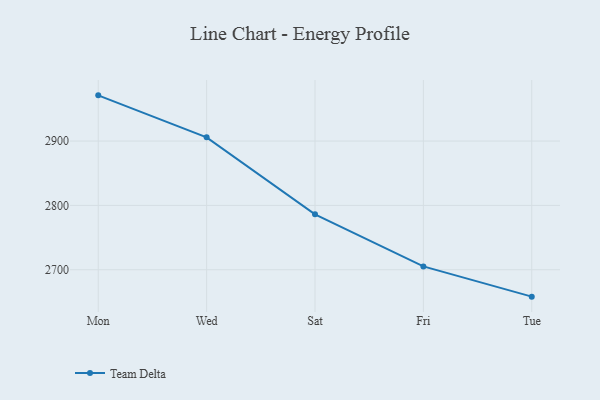
{"axis": {"x": "Day", "y": "Energy Usage (MWh)"}, "legend": ["Team Delta"], "data": [{"x": "Mon", "y": 2971.0, "type": "Team Delta"}, {"x": "Wed", "y": 2905.8, "type": "Team Delta"}, {"x": "Sat", "y": 2786.2, "type": "Team Delta"}, {"x": "Fri", "y": 2705.2, "type": "Team Delta"}, {"x": "Tue", "y": 2658.2, "type": "Team Delta"}]}